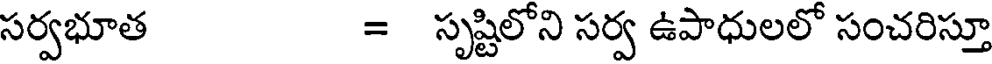
సర్వభూత = సృష్టిలోని సర్వ ఉపాధులలో సంచరిస్తూ